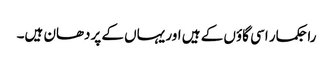
راجکمار اسی گاؤں کے ہیں اور یہاں کے پردھان ہیں۔